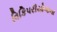
વિકિપરીયોજના